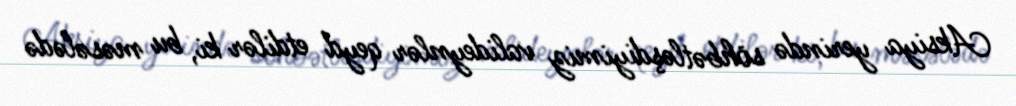
Aksiya yerində söhbətləşdiyimiz valideynlər qeyd etdilər ki, bu məsələdə